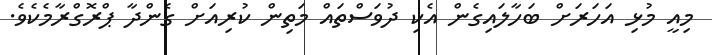
މިއީ މުޅި އަހަރަށް ބަހާލައިގެން އެކި ދުވަސްތައް މަތިން ކުރިއަށް ގެންދާ ޕްރޮގްރާމެކެވެ.